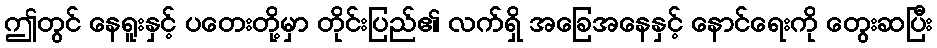
ဤတွင် နေရူးနှင့် ပတေးတို့မှာ တိုင်းပြည်၏ လက်ရှိ အခြေအနေနှင့် နောင်ရေးကို တွေးဆပြီး